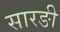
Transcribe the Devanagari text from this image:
सारङी